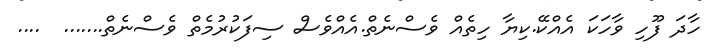
ހާދަ ފޫހި ވާހަކަ އެއްކޭ.ކިޔާ ހިތެއް ވެސްނެތް.އެއްވެސް ސިފަކުރުމެތް ވެސްނެތް.......  ....